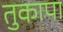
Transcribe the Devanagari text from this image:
तुकापा